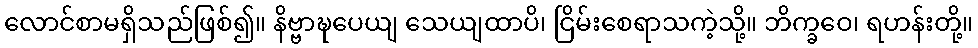
လောင်စာမရှိသည်ဖြစ်၍။ နိဗ္ဗာဍ္ဎပေယျ သေယျထာပိ၊ ငြိမ်းစေရာသကဲ့သို့။ ဘိက္ခဝေ၊ ရဟန်းတို့။